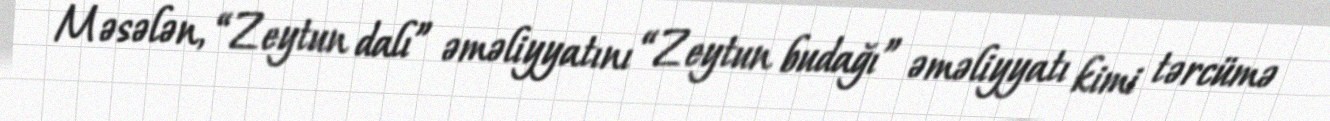
Məsələn, “Zeytun dalı” əməliyyatını “Zeytun budağı” əməliyyatı kimi tərcümə